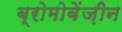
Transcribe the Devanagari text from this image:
ब्रोमोबेंज़ीन